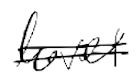
Text: level
Cross-out: mix
Writing tool: digital_black